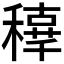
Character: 𥢟